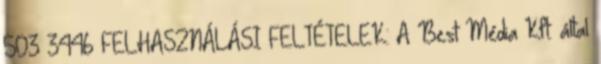
503 3446 FELHASZNÁLÁSI FELTÉTELEK: A Best Média Kft. által